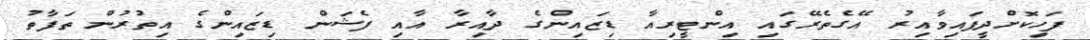
ފަހިކޮށްދީފައިވާއިރު އޭގެތެރޭގައި އިންޓީރިއާ ޑިޒައިންގެ ދާއިރާ އާއި ފެޝަން ޑިޒައިންގެ އިތުރުން ތަފާތު